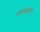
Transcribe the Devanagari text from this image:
सावधानतेचा